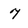
Character: 7